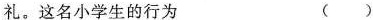
礼。这名小学生的行为 ( )